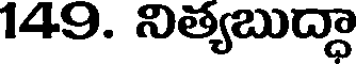
149. నిత్యబుద్ధా